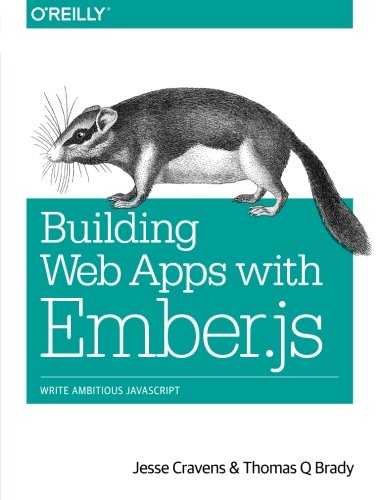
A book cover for Building Web Apps with Ember.js; Jesse Cravens; Computers & Technology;